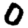
Digit: 0